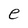
Character: e